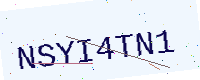
Text: NSYI4TN1